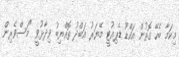
މިކަމާ ބެހޭ ގޮތުން އައްޑޫ ޑެޕިއުޓީ މޭޔަރު އަބްދު ތޮއްޔިބު ވިދާޅުވީ "މަސްވެރިން